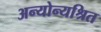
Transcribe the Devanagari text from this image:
अन्योन्यश्रित